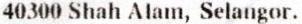
40300 SHAH ALAM, SELANGOR.